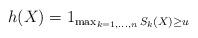
LaTeX: \begin{align*}h(X)=1_{\max_{k=1,\dots,n} S_{k}(X)\geq u}\end{align*}